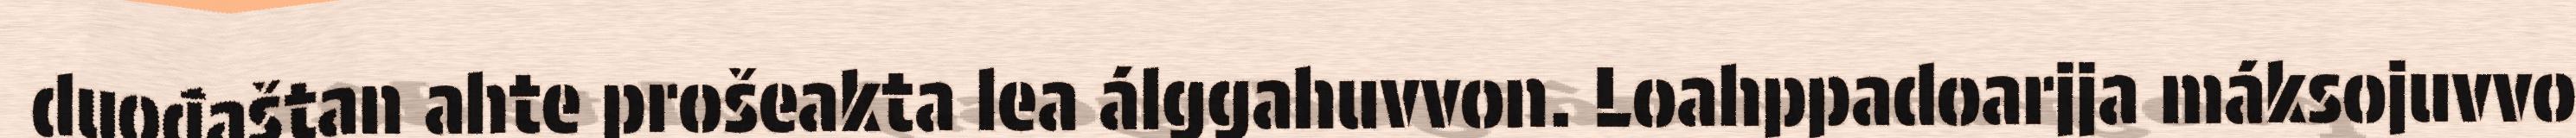
duođaštan ahte prošeakta lea álggahuvvon. Loahppadoarjja máksojuvvo